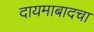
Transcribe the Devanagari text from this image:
दायमाबादचा